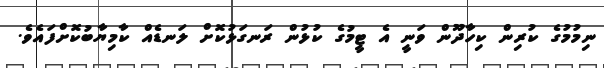
ނިމުމުގެ ކުރިން ކިހާދޫން ވަނީ އެ ޓީމުގެ ކުޅުން ރަނގަޅުކޮށް ލަނޑެއް ކާމިޔާބުކޮށްފައެވެ.